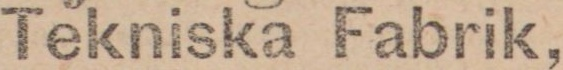
Tekniska Fabrik,